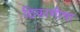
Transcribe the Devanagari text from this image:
ठिकाणीचा